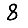
Digit: 8